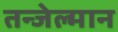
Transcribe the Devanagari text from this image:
तन्जेल्मान